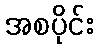
အစပိုင်း